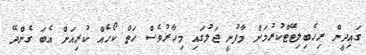
ގައިދީން ރިހެބިލިޓޭޓްކުރުމަށް މާފުށީ ޖަލުގައި މިހާރުވެސް ހަތް ކޯހެއް ކުރިއަށް އެބަ ގެންދޭ